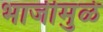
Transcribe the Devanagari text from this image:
भाजीमुळे